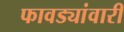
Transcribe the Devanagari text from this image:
फावड्यांवारी